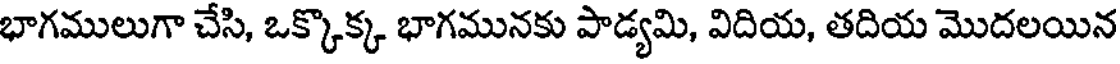
భాగములుగా చేసి, ఒక్కొక్క భాగమునకు పాడ్యమి, విదియ, తదియ మొదలయిన